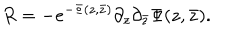
LaTeX: R = - e ^ { - \Phi ( z , \bar { z } ) } \partial _ { z } \partial _ { \bar { z } } \Phi ( z , \bar { z } ) .